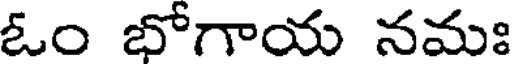
ఓం భోగాయ నమః